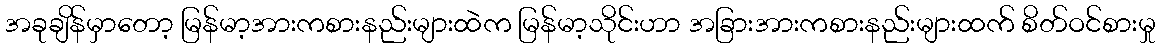
အခုချိန်မှာတော့ မြန်မာ့အားကစားနည်းများထဲက မြန်မာ့သိုင်းဟာ အခြားအားကစားနည်းများထက် စိတ်ဝင်စားမှု